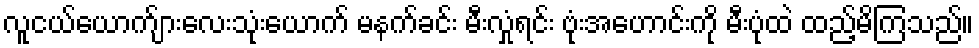
လူငယ်ယောက်ျားလေးသုံးယောက် မနက်ခင်း မီးလှုံရင်း ဗုံးအဟောင်းကို မီးပုံထဲ ထည့်မိကြသည်။